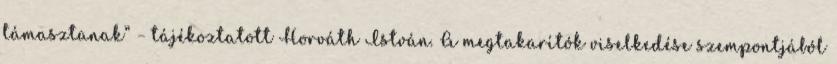
támasztanak” – tájékoztatott Horváth István. A megtakarítók viselkedése szempontjából